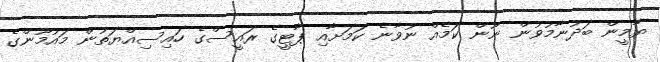
ޔާމީން ބަދުނާމުވުން ނޫން ކަމެއް ނުވާނެ ކަމަށާއި ޕާޓީގެ ރައީސްގެ ހައިސިއްޔަތުން މައުމޫންގެ